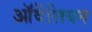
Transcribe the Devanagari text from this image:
ऑर्वेलियन